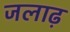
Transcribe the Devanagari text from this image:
जलाढ़